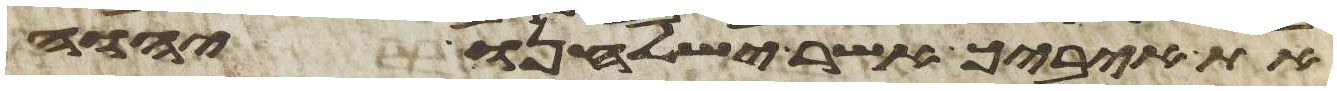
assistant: את איביך אשר ישלחנו יהוה